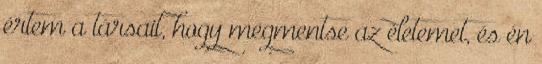
értem a társait, hogy megmentse az életemet, és én